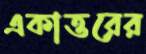
একাত্তরের